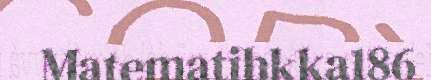
Matematihkka186